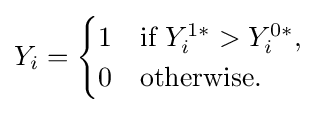
Y_{i}={\begin{cases}1&{\text{if }}Y_{i}^{1\ast }>Y_{i}^{0\ast },\\0&{\text{otherwise.}}\end{cases}}